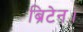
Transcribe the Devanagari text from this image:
ब्रिटेन।